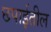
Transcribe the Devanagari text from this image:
छपाईतील